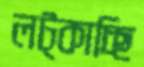
লট্‌কাচ্ছি